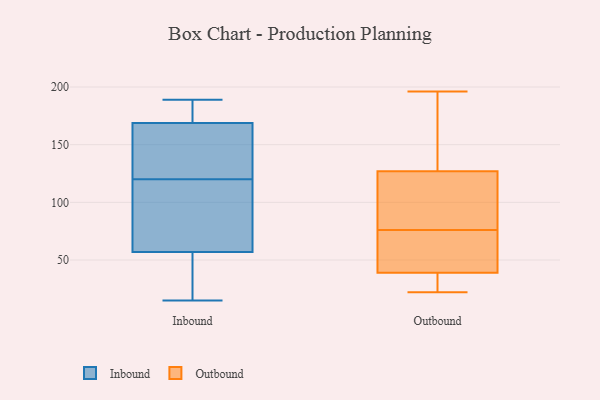
{"axis": {"x": "Temperature (°C)", "y": "Value"}, "legend": ["Inbound", "Outbound"], "data": [{"x": "", "y": 122, "type": "Inbound"}, {"x": "", "y": 115, "type": "Inbound"}, {"x": "", "y": 77, "type": "Inbound"}, {"x": "", "y": 189, "type": "Inbound"}, {"x": "", "y": 159, "type": "Inbound"}, {"x": "", "y": 63, "type": "Inbound"}, {"x": "", "y": 43, "type": "Inbound"}, {"x": "", "y": 186, "type": "Inbound"}, {"x": "", "y": 55, "type": "Inbound"}, {"x": "", "y": 141, "type": "Inbound"}, {"x": "", "y": 187, "type": "Inbound"}, {"x": "", "y": 172, "type": "Inbound"}, {"x": "", "y": 15, "type": "Inbound"}, {"x": "", "y": 120, "type": "Inbound"}, {"x": "", "y": 50, "type": "Inbound"}, {"x": "", "y": 53, "type": "Outbound"}, {"x": "", "y": 73, "type": "Outbound"}, {"x": "", "y": 196, "type": "Outbound"}, {"x": "", "y": 23, "type": "Outbound"}, {"x": "", "y": 39, "type": "Outbound"}, {"x": "", "y": 62, "type": "Outbound"}, {"x": "", "y": 122, "type": "Outbound"}, {"x": "", "y": 79, "type": "Outbound"}, {"x": "", "y": 22, "type": "Outbound"}, {"x": "", "y": 89, "type": "Outbound"}, {"x": "", "y": 127, "type": "Outbound"}, {"x": "", "y": 195, "type": "Outbound"}, {"x": "", "y": 170, "type": "Outbound"}, {"x": "", "y": 42, "type": "Outbound"}, {"x": "", "y": 36, "type": "Outbound"}, {"x": "", "y": 146, "type": "Outbound"}, {"x": "", "y": 24, "type": "Outbound"}, {"x": "", "y": 106, "type": "Outbound"}]}